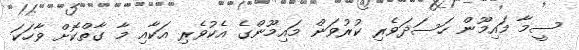
ސީމާ މައިމޫން ހަސަދަވެރި ކުރުވަން މައިމޫންގެ އެކުވެރި އަކާއި މާ ގާތްކޮށް ވާހަކަ